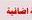
اضانية